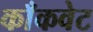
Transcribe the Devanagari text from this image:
काँकवेट